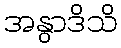
အနွာဒိသိ